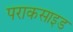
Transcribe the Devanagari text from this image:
पराकसाइड